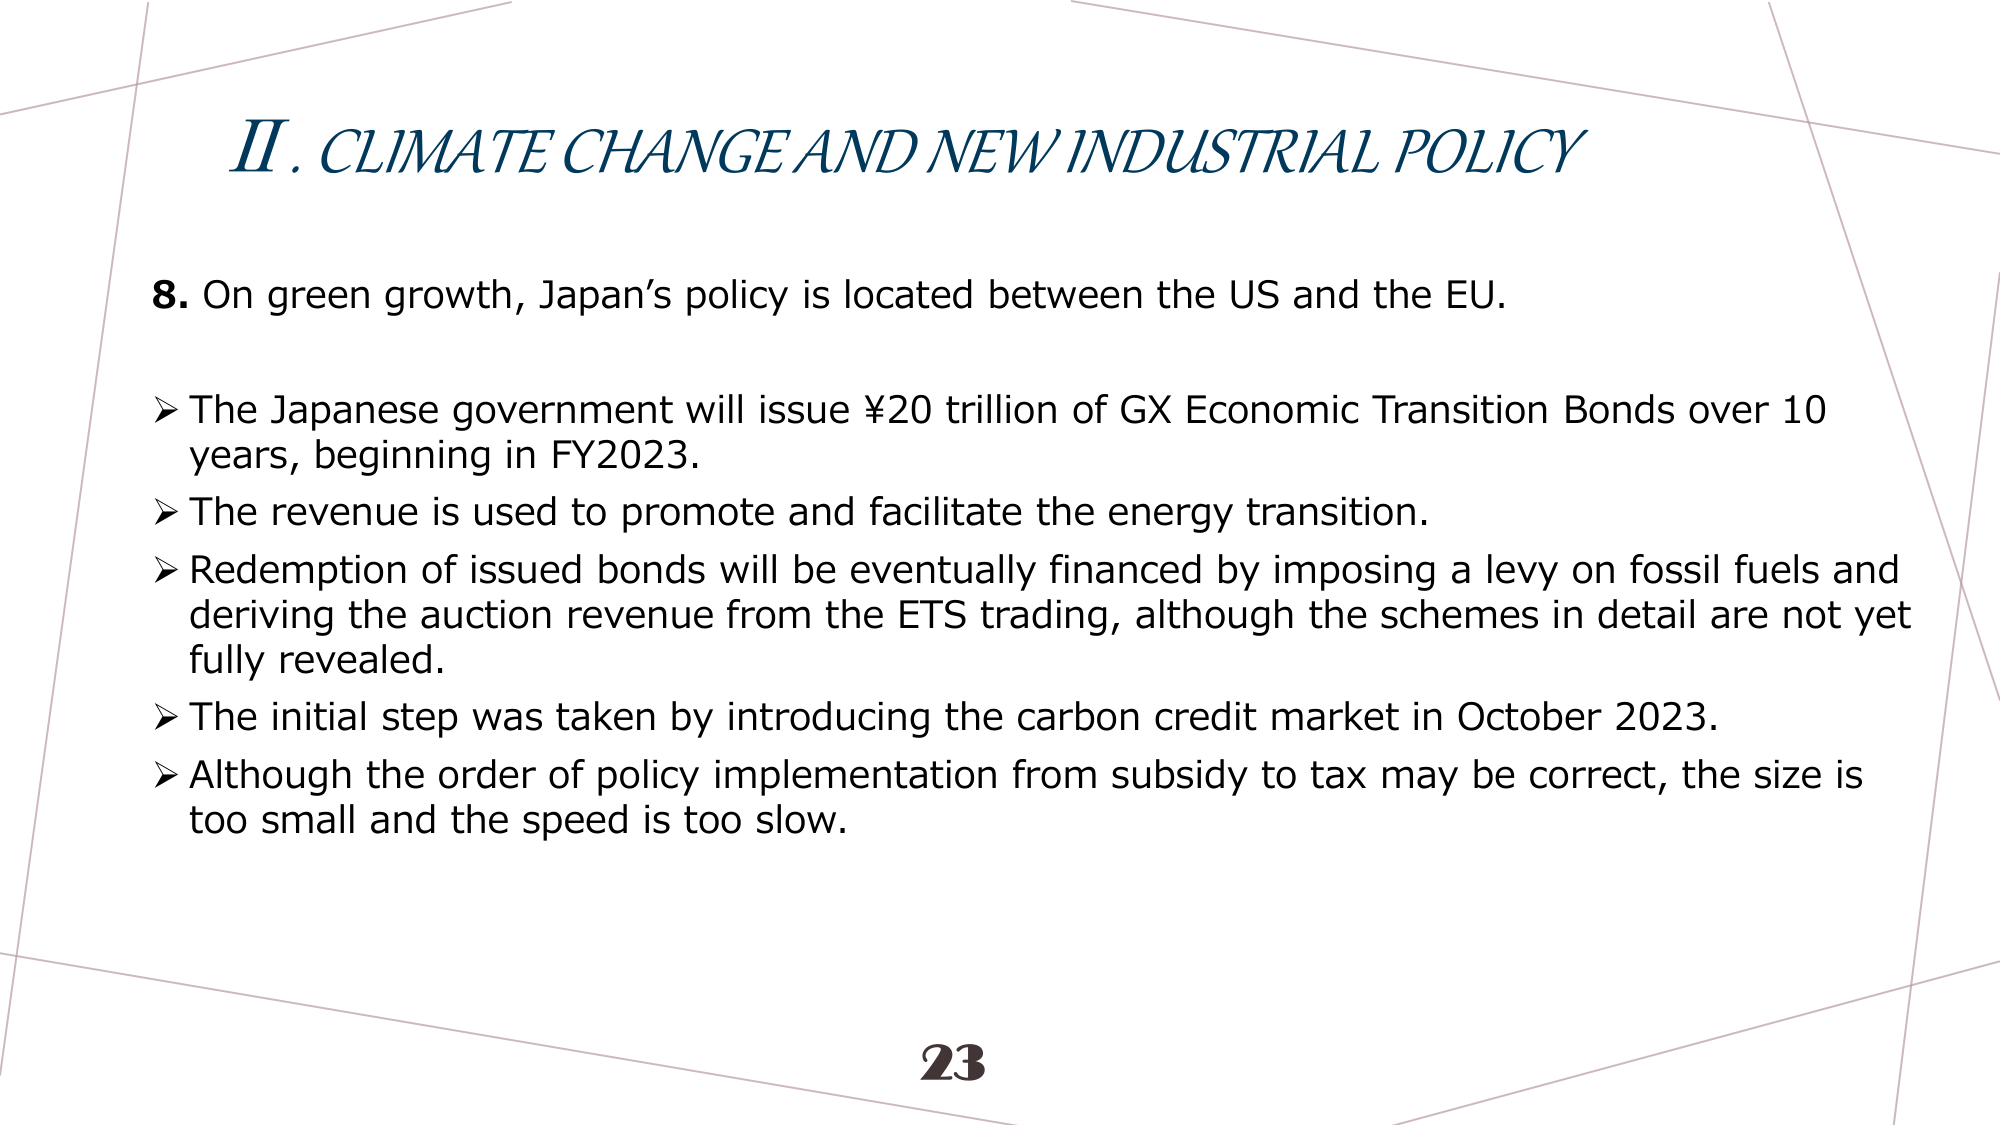
II. CLIMATE CHANGE AND NEW INDUSTRIAL POLICY

8. On green growth, Japan’s policy is located between the US and the EU.

➤ The Japanese government will issue ¥20 trillion of GX Economic Transition Bonds over 10 years, beginning in FY2023.
➤ The revenue is used to promote and facilitate the energy transition.
➤ Redemption of issued bonds will be eventually financed by imposing a levy on fossil fuels and deriving the auction revenue from the ETS trading, although the schemes in detail are not yet fully revealed.
➤ The initial step was taken by introducing the carbon credit market in October 2023.
➤ Although the order of policy implementation from subsidy to tax may be correct, the size is too small and the speed is too slow.

23